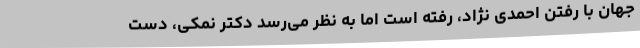
جهان با رفتن احمدی نژاد، رفته است اما به نظر می‌رسد دکتر نمکی، دست